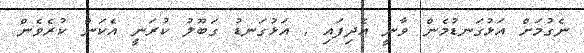
ނެގުމަށް އަޅުގަނޑުމެން ވާނީ އެދިފައި